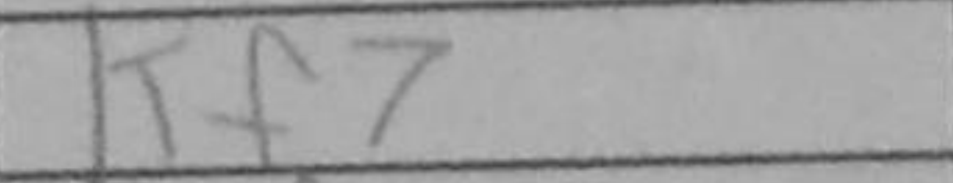
Transcription: Kf7